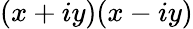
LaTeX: (x+iy)(x-iy)